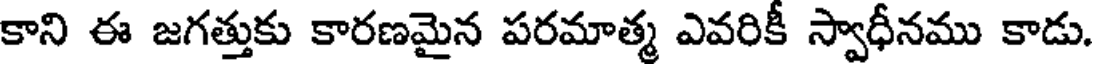
కాని ఈ జగత్తుకు కారణమైన పరమాత్మ ఎవరికీ స్వాధీనము కాడు.